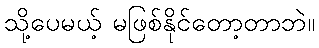
သို့ပေမယ့် မဖြစ်နိုင်တော့တာဘဲ။